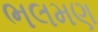
ભલમણ